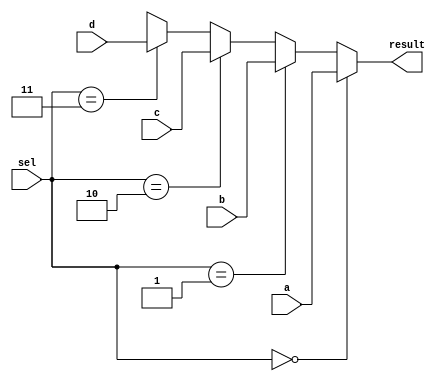
module mux4( sel, a, b, c, d, result );
    parameter bitwidth=32;
    input [1:0] sel;
    input  [bitwidth-1:0] a, b, c, d;
    output [bitwidth-1:0] result;

    assign result = ( sel == 2'b00 ) ? a : 
	                ( sel == 2'b01 ) ? b : 
					( sel == 2'b10 ) ? c : 
					( sel == 2'b11 ) ? d :
                 	32'dx ;
endmodule